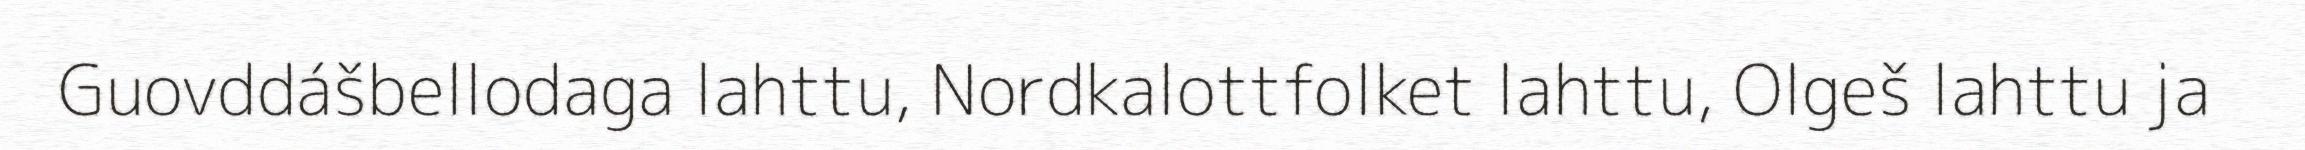
Guovddášbellodaga lahttu, Nordkalottfolket lahttu, Olgeš lahttu ja